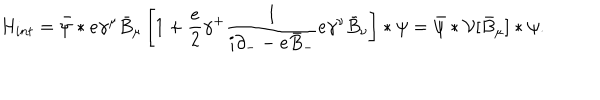
{ H } _ { i n t } = \bar { \psi } * e \gamma ^ { \mu } \bar { B } _ { \mu } \left[ 1 + \frac { e } { 2 } \gamma ^ { + } \frac { 1 } { i \partial _ { - } - e \bar { B } _ { - } } e \gamma ^ { \nu } \bar { B } _ { \nu } \right] \ast \psi = \bar { \psi } \ast { \cal V } [ \bar { B } _ { \mu } ] \ast \psi .